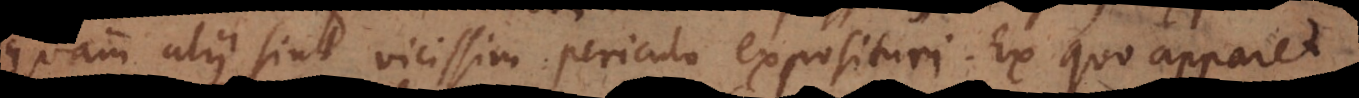
quam alii sint vicissim periculo exposituri. Ex quo apparet